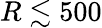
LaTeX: R\lesssim 500